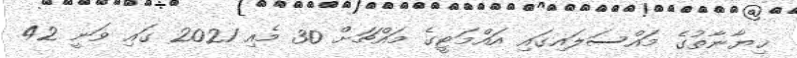
ޚިޔާނާތުގެ މައްސަލައިގައި އައްމަޓީގެ މައްޗަށް 30 މެއި 2021 ގައި ވަނީ 42